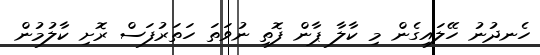
ހެނދުނު ހޭލައިގެން މި ކާލާ ޕާން ފޮތި ނުވަތަ ހަތަރުފަސް ރޮށި ކާލުމުން